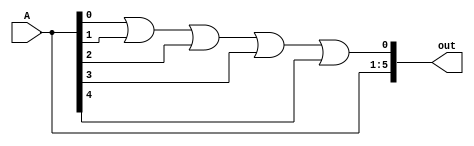
module decod_linha_matriz(A, out);
	input [4:0] A;
	output [5: 0]out;

	
	or Or0(out[0], A[0], A[1], A[2], A[3], A[4]);
	
	assign out[1] = A[0];
	assign out[2] = A[1];
	assign out[3] = A[2];
	assign out[4] = A[3];
	assign out[5] = A[4];
	

endmodule